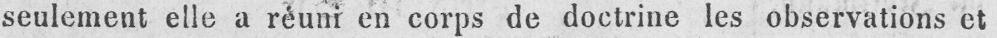
seulement elle a réuni en corps de doctrine les observations et